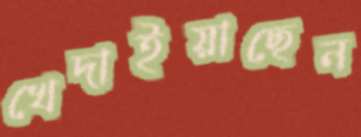
খেদাইয়াছেন